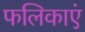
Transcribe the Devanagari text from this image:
फलिकाएं